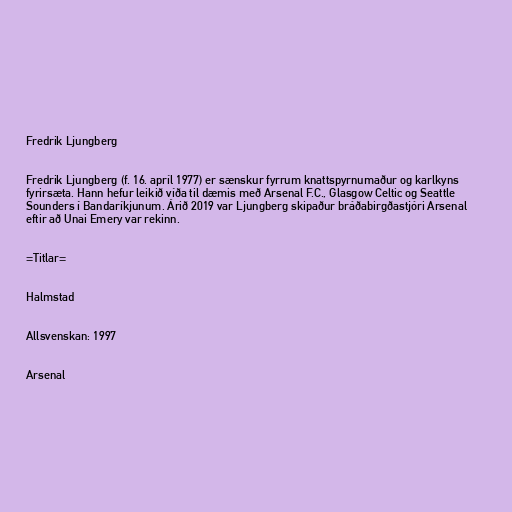
Fredrik Ljungberg

Fredrik Ljungberg (f. 16. apríl 1977) er sænskur fyrrum knattspyrnumaður og karlkyns
fyrirsæta. Hann hefur leikið víða til dæmis með Arsenal F.C., Glasgow Celtic og Seattle
Sounders í Bandaríkjunum. Árið 2019 var Ljungberg skipaður bráðabirgðastjóri Arsenal
eftir að Unai Emery var rekinn.

=Titlar=

Halmstad

Allsvenskan: 1997

Arsenal